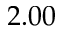
2 . 0 0